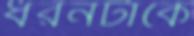
ধরনটাকে